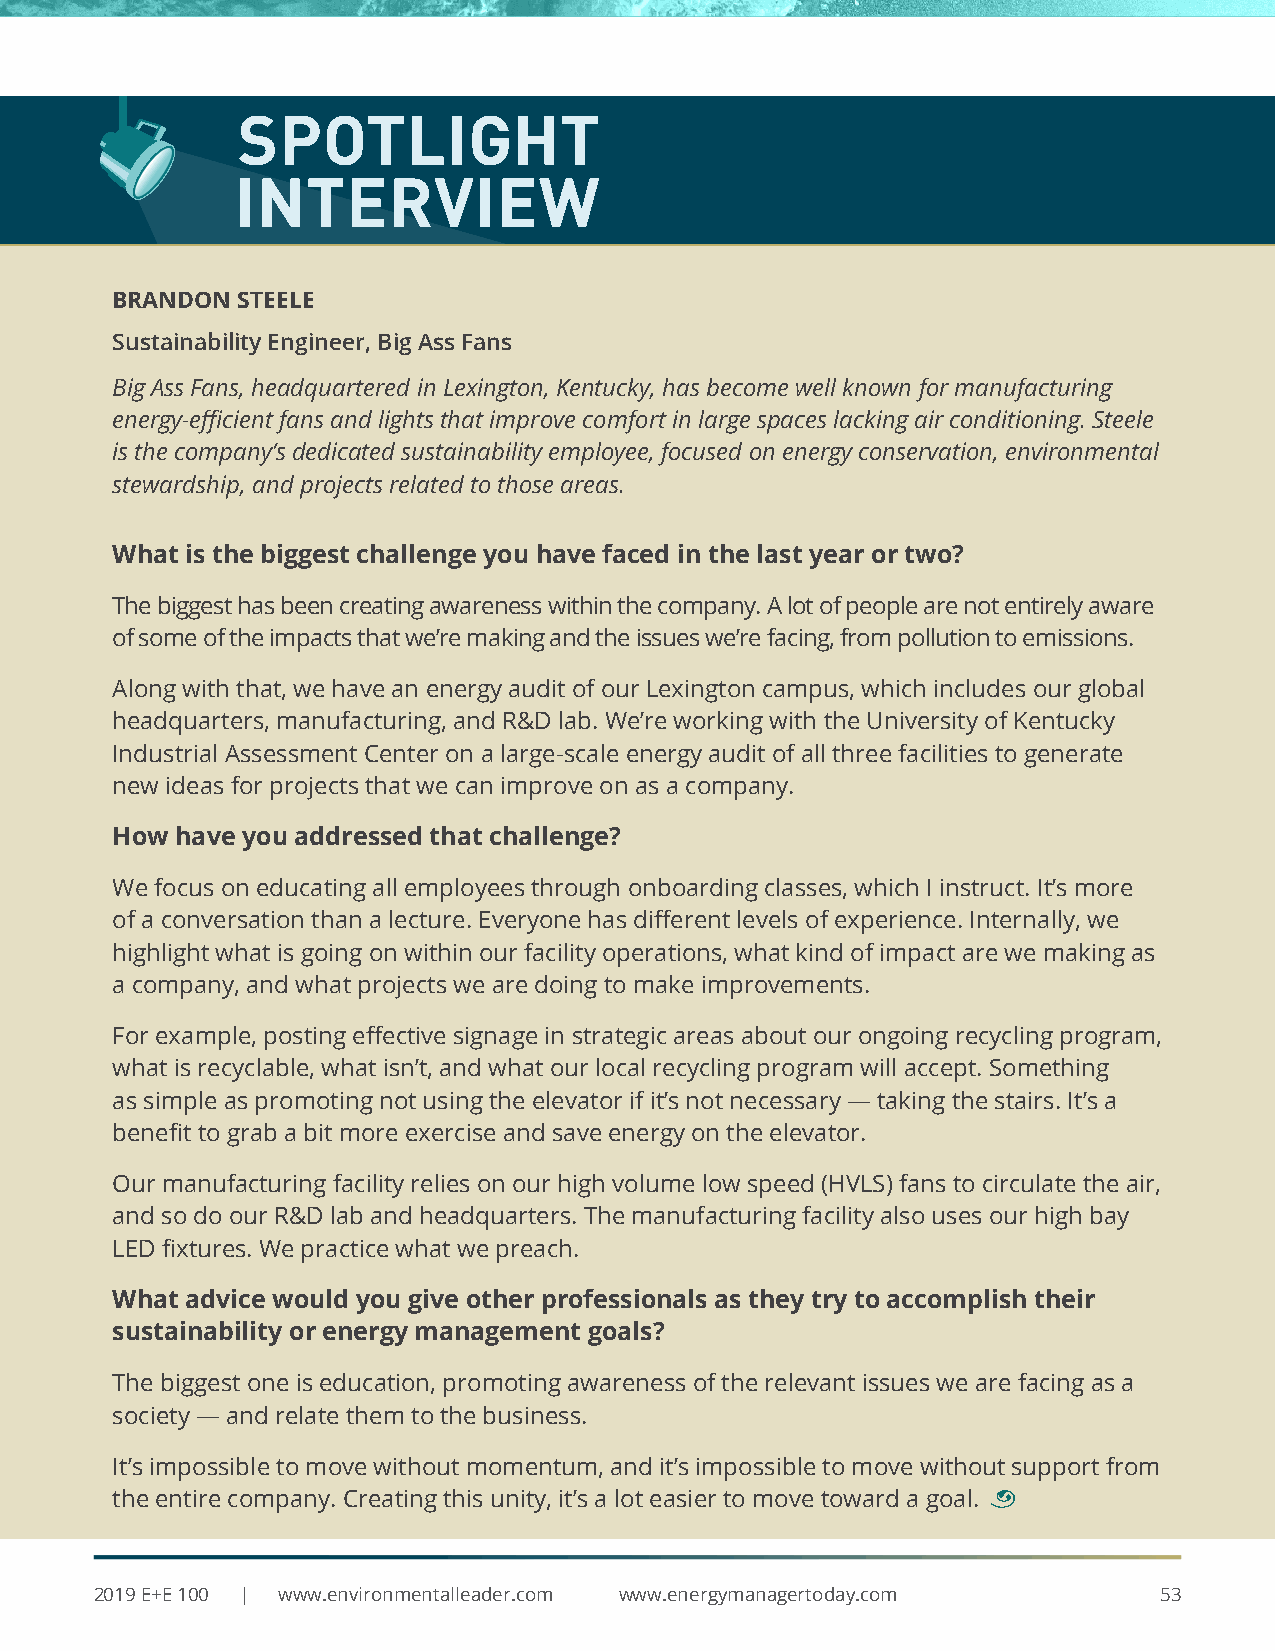
SPOTLIGHT
 INTERVIEW
 BRANDON  STEELE
 Sustainability Engineer, Big Ass Fans
 Big Ass Fans, headquartered in Lexington, Kentucky, has become well known for manufacturing
 energy-efficient fans and lights that improve comfort in large spaces lacking air conditioning. Steele
 is the company’s dedicated sustainability employee, focused on energy conservation, environmental
 stewardship, and projects related to those areas.
 What is the biggest challenge you have faced in the last year or two?
 The biggest has been creating awareness within the company. A lot of people are not entirely aware
 of some of the impacts that we’re making and the issues we’re facing, from pollution to emissions.
 Along with that, we have an energy audit of our Lexington campus, which includes our global
 headquarters, manufacturing, and R&D lab. We’re working with the University of Kentucky
 Industrial Assessment Center on a large-scale energy audit of all three facilities to generate
 new ideas for projects that we can improve on as a company.
 How  have you addressed that challenge?
 We focus on educating all employees through onboarding classes, which I instruct. It’s more
 of a conversation than a lecture. Everyone has different levels of experience. Internally, we
 highlight what is going on within our facility operations, what kind of impact are we making as
 a company, and what projects we are doing to make improvements.
 For example, posting effective signage in strategic areas about our ongoing recycling program,
 what is recyclable, what isn’t, and what our local recycling program will accept. Something
 as simple as promoting not using the elevator if it’s not necessary — taking the stairs. It’s a
 benefit to grab a bit more exercise and save energy on the elevator.
 Our manufacturing facility relies on our high volume low speed (HVLS) fans to circulate the air,
 and so do our R&D lab and headquarters. The manufacturing facility also uses our high bay
 LED fixtures. We practice what we preach.
 What advice would you give other professionals as they try to accomplish their
 sustainability or energy management goals?
 The biggest one is education, promoting awareness of the relevant issues we are facing as a
 society — and relate them to the business.
 It’s impossible to move without momentum, and it’s impossible to move without support from
 the entire company. Creating this unity, it’s a lot easier to move toward a goal. ¨
 2019 E+E 100 | www.environmentalleader.com www.energymanagertoday.com  53